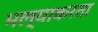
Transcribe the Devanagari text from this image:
भल्याकरता